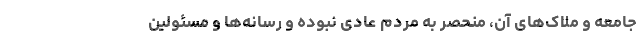
جامعه و ملاک‌های آن، منحصر به مردم عادی نبوده و رسانه‌ها و مسئولین